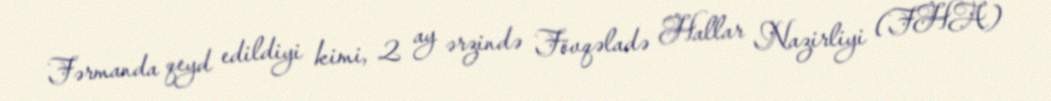
Fərmanda qeyd edildiyi kimi, 2 ay ərzində Fövqəladə Hallar Nazirliyi (FHA)